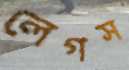
লেগস